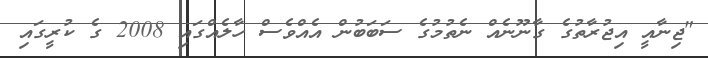
"ޖިނާއީ އިޖުރާތުގެ ގާނޫނެއް ނެތުމުގެ ސަބަބުން އެއްވެސް ހާލެއްގައި 2008 ގެ ކުރީގައި